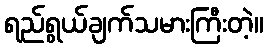
ရည်ရွယ်ချက်သမားကြီးတဲ့။